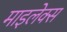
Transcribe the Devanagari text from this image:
माइलेक्स